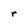
Character: r